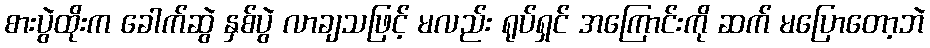
စားပွဲထိုးက ခေါက်ဆွဲ နှစ်ပွဲ လာချသဖြင့် မလည်း ရုပ်ရှင် အကြောင်းကို ဆက် မပြောတော့ဘဲ